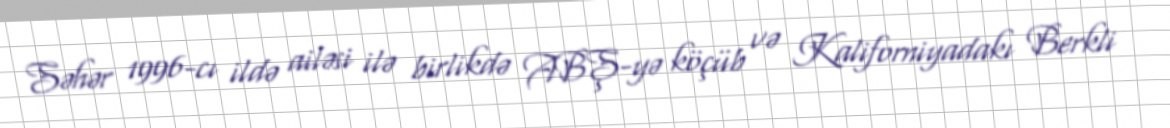
Səhər 1996-cı ildə ailəsi ilə birlikdə ABŞ-yə köçüb və Kaliforniyadakı Berkli